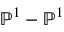
\mathbb { P } ^ { 1 } - \mathbb { P } ^ { 1 }